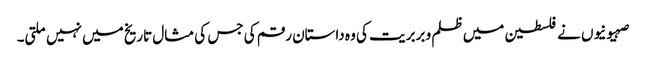
صہیونیوں نے فلسطین میں ظلم و بربریت کی وہ داستان رقم کی جس کی مثال تاریخ میں نہیں ملتی۔